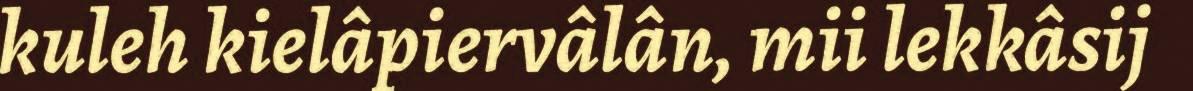
kuleh kielâpiervâlân, mii lekkâsij